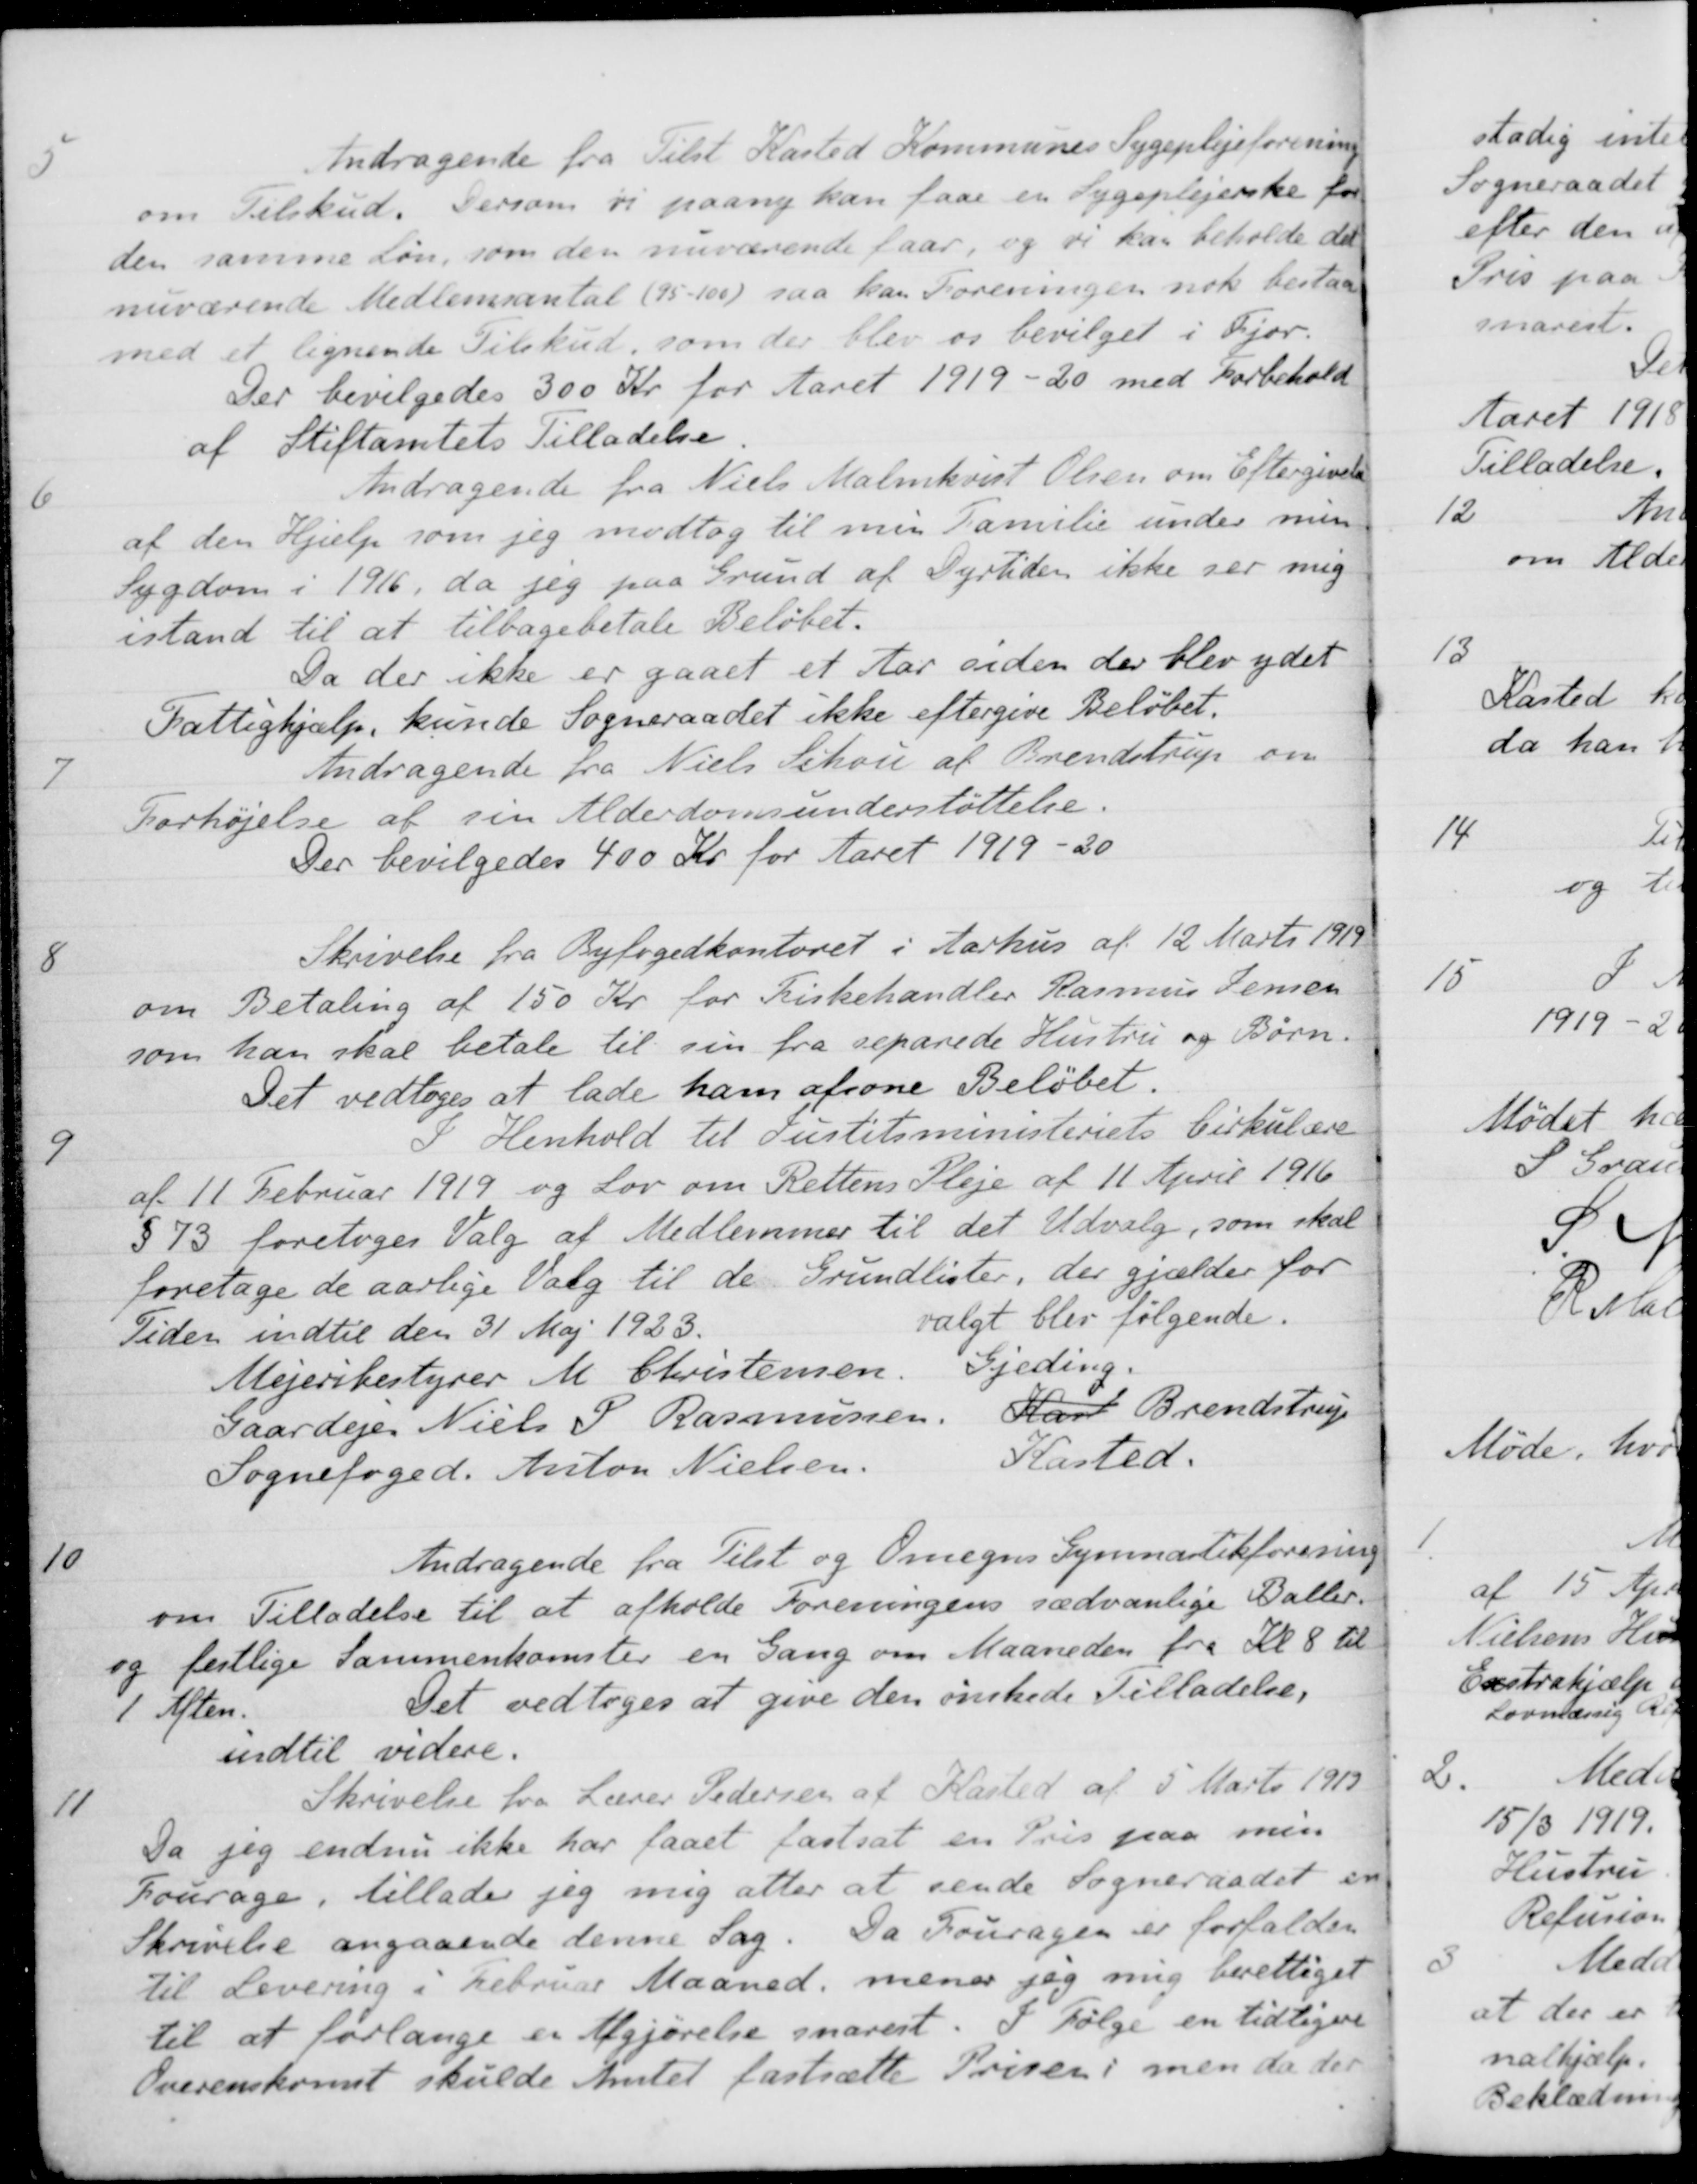
Transskription:
5
Andragende fra Tilst Kasted Kommunes Sygeplejeforening
om Tilskud. Dersom vi paany kan faae en Sygeplejerske for
den samme Løn, som den nuværende faar, og de kan beholde det
nuværende Medlemsantal (95-100) saa kan Foreningen nok bestaa
med et lignende Tilskud, som der blev os bevilget i Fjor.
Der bevilgedes 300 Kr for Aaret 1919-20 med Forbehold
af Stiftamtets Tilladelse
6
Andragende fra Niels Malmkvist Olsen om Eftergivelse
af den Hjælp som jeg modtog til min Familie under min
Sygdom i 1916, da jeg paa Grund af Dyrtiden ikke ser mig
istand til at tilbagebetale Beløbet.
Da der ikke er gaaet et Aar siden der blev ydet
Fattighjælp, kunde Sogneraadet ikke eftergive Beløbet.
7
Andragende fra Niels Schou af Brendstrup om
Forhøjelse af sin Alderdomsunderstøttelse.
Der bevilgedes 400 Kr for Aaret 1919 - 20
8
Skrivelse fra Byfogedkontoret i Aarhus af 12 Marts 1919
om Betaling af 150 Kr for Fiskehandler Rasmus Jensen
som han skal betale til sin fra separede Hustru og Børn.
Det vedtoges at lade ham afsone Beløbet.
9
I Henhold til Justitsministeriets Cirkulære
af 11 Februar 1919 og Lov om Rettens Pleje af 11 April 1916
§ 73 foretoges Valg af Medlemmer til det Udvalg, som skal
foretage de aarlige Valg til de Grundlister, der gjælder for
Tiden indtil den 31 Maj 1923
valgt blev følgende.
Mejeribestyrer M. Christensen
Gjeding
Gaardejer Niels P Rasmussen
Karl Brendstrup
Sognefoged Anton Nielsen
Kasted.
10
Andragende fra Tilst og Omegns Gymnastikforening
om Tilladelse til at afholde Foreningens sædvanlige Baller-
og festlige sammenkomster en Gang om Maaneden fra Kl. 8 til
1 Aften.
Det vedtoges at give den ønskede Tilladelse,
indtil videre.
11
Skrivelse fra Lærer Pedersen af Kasted af 5 Marts 1913
Da jeg endnu ikke har faaet fastsat en Pris paa min
Fourage, tillader jeg mig atter at sende Sogneraadet en
Skrivelse angaaende denne Sag. Da Fouragen er forfalden
til Levering i Februar Maaned, mener jeg mig berettiget
til at forlange er Afgjørelse snarest. I Følge en tidligere
Overenskomst skulde Amtet fastsætte Prisen i men da der